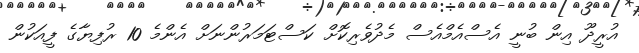
އުރީދޫ އިން ބުނީ އެސްއެމްއެސް މެދުވެރިކޮށް ކަސްޓަމަރުންނަށް އެންމެ 10 ރުފިޔާގެ ފީއަކުން